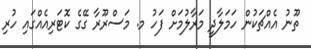
ތޫނު އެއްޗަކުން ހަމަލާދީ މަރާލުމަށް ފަހު މ. މަސްރޫރާ ގޭގެ ކޮޓަރިއެއްގައި ހުރި